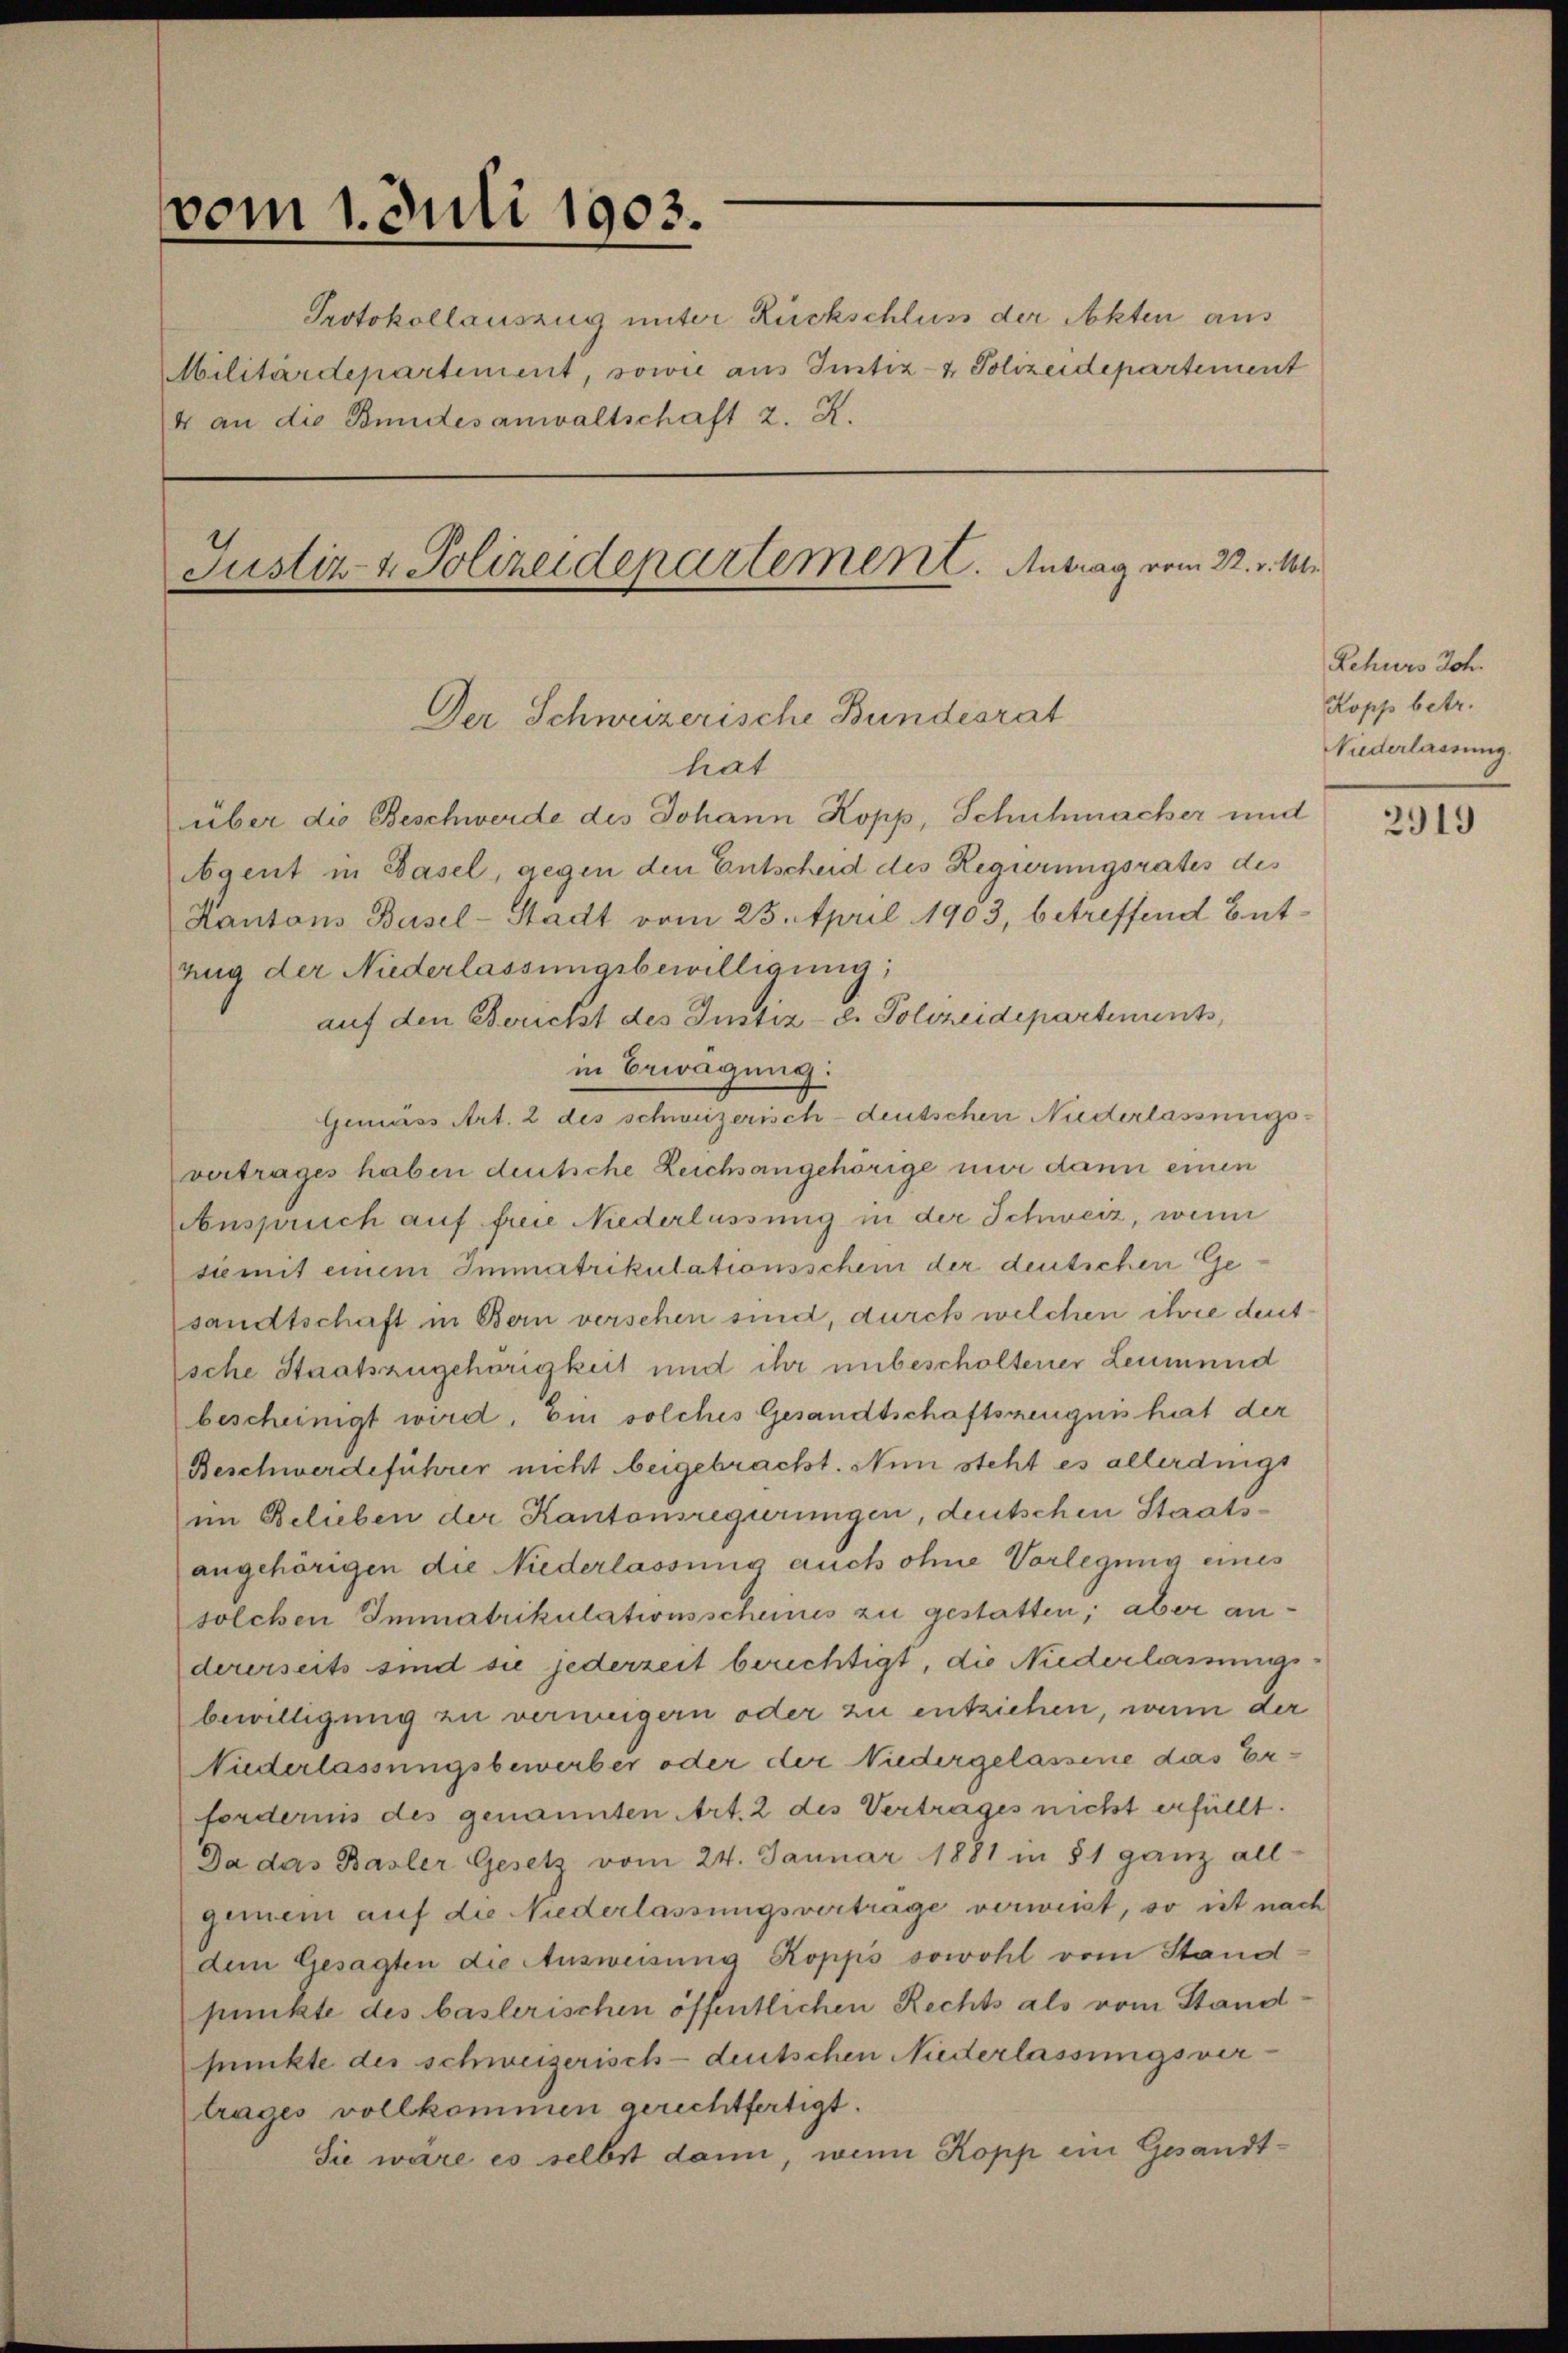
vom 1. Juli 1903.
4 an die Bundesanwaltschaft z. R.
Justiz- & Polizeidepartement. Antrag vom 22. v. Mt.

Protokollauszug unter Rückschluss der Akten aus
Militärdepartement, sowie aus Justiz- & Polizeidepartement

Der Schweizerische Bundesrat

hat
über die Beschwerde des Johann Kopp, Schuhmacher und
Agent in Basel, gegen den Entscheid des Regierungsrates des
Kantons Basel-Stadt vom 23. April 1903, betreffend But¬
Zug der Niederlassungsbewilligung,
auf den Bruchst des Instiz-d. Polizeidepartements,
in Bewegung:
Gemäss Art. 2 des schweizerisch-deutschen Niederlassungs-
vertrages haben deutsche Zeichsangehörige nur dann einen
Anspruch auf freie Niederlassung in der Schweiz, wenn
siemit einem Immatrikulationsschein der deutschen Gesandtschaft in Bern verschen sind, durch welchen ihre deut
sche Staatszugehörigkeit und ihr unbescholtener Leumund
bescheinigt wird. Ein solches Gesandtschaftszeugnis hat der
Beschwerdeführer nicht beigebracht. Nun steht es allerdings
im Belieben der Kantonsregirungen, deutschen Staatsangehörigen die Niederlassung auch ohne Vorlegung eines
solchen Immatrikulationsscheines zu gestatten; aber andererseits sind sie jederzeit berichtigt, die Niederlassungs
bewilligung zu verweigern oder zu entziehen, wenn der
Niederlassungsbewerber oder der Niedergelassene das Erfordernis des genannten Art. 2 des Vertrages nicht erfüllt.
Da das Basler Gesetz vom 24. Januar 1881 in § 1 ganz all-
gemein auf die Niederlassungsvertrage verweist, so ist nach
dem Gesagten die Ausweisung Kopps sowohl vom Stand-
punkte des baslerischen öffentlichen Rechts als vom Standpunkte des schweizerisch-deutschen Niederlassungsver-
trages vollkommen gerechtfertigt.
Sie wäre es selbst dann, wenn Kopp ein Gesandt¬

Rehurs Joh.
Kopp betr.
Niederlassung.

2919